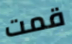
قمت